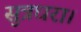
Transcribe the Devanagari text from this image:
सुत्रधरा।